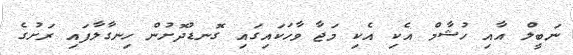
ނަބީލް އާއި ހުޝާމް އެކި އެކި މަޖާ ވާހަކައިގައި ގޮނޑުދޮށުން ހިނގާލާފައި ރަށުގެ